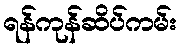
ရန်ကုန်ဆိပ်ကမ်း